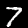
Label: 7